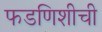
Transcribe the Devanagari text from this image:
फडणिशीची